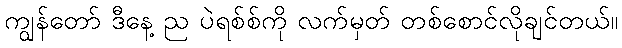
ကျွန်တော် ဒီနေ့ ည ပဲရစ်စ်ကို လက်မှတ် တစ်စောင်လိုချင်တယ်။